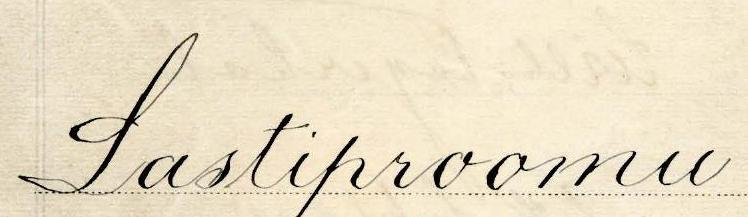
Lastiproomu